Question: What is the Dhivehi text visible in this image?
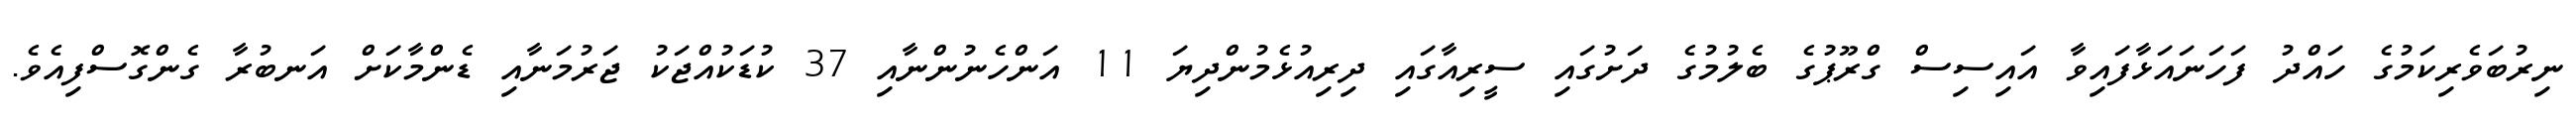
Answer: ނިރުބަވެރިކަމުގެ ހައްދު ފަހަނައަޅާފައިވާ އައިސިސް ގްރޫޕުގެ ބެލުމުގެ ދަށުގައި ސީރިއާގައި ދިރިއުޅެމުންދިޔަ 11 އަންހެނުންނާއި 37 ކުޑަކުއްޖަކު ޖަރުމަނާއި ޑެންމާކަށް އަނބުރާ ގެންގޮސްފިއެވެ.